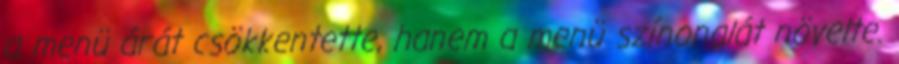
a menü árát csökkentette, hanem a menü színonalát növelte.